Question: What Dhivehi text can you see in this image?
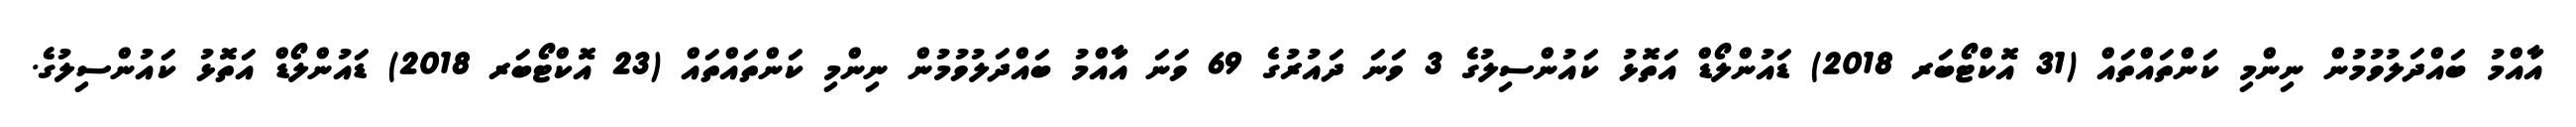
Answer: އާއްމު ބައްދަލުވުމުން ނިންމި ކަންތައްތައް (31 އޮކްޓޯބަރ 2018) ޑައުންލޯޑް އަތޮޅު ކައުންސިލުގެ 3 ވަނަ ދައުރުގެ 69 ވަނަ އާއްމު ބައްދަލުވުމުން ނިންމި ކަންތައްތައް (23 އޮކްޓޯބަރ 2018) ޑައުންލޯޑް އަތޮޅު ކައުންސިލުގެ.